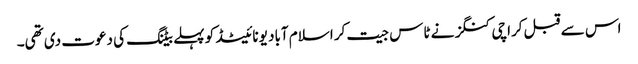
اس سے قبل کراچی کنگز نے ٹاس جیت کر اسلام آباد یونائیٹڈ کو پہلے بیٹنگ کی دعوت دی تھی۔